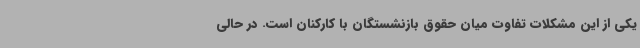
یکی از این مشکلات تفاوت میان حقوق بازنشستگان با کارکنان است. در حالی